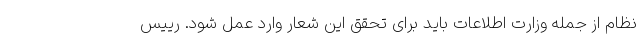
نظام از جمله وزارت اطلاعات باید برای تحقق این شعار وارد عمل شود. رییس